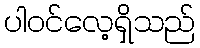
ပါဝင်လေ့ရှိသည်